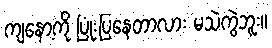
ကျနော့ကို ပြုံးပြနေတာလား မသဲကွဲဘူး။